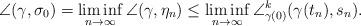
LaTeX: \begin{align*}\angle (\gamma,\sigma_0) = \liminf_{n\to\infty} \angle (\gamma,\eta_n) \leq\liminf_{n\to\infty} \angle^k_{\gamma(0)} (\gamma(t_n),s_n) .\end{align*}